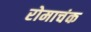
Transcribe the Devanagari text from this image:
रोमाचंक